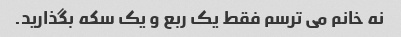
نه خانم می ترسم فقط یک ربع و یک سکه بگذارید.